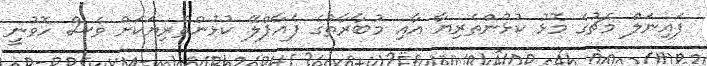
ފައިނަލް މެޗުގެ މޮޅު ކުޅުންތެރިޔާ އާއި މުބާރާތުގެ ފެއާޕްލޭ ކުޅުންތެރިޔަކަށް ވެސް ހޮވުނީ